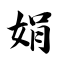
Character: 娟